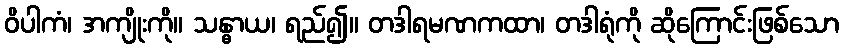
ဝိပါကံ၊ အကျိုးကို။ သန္ဓာယ၊ ရည်၍။ တဒါရမဏကထာ၊ တဒါရုံကို ဆိုကြောင်းဖြစ်သော